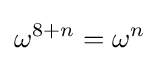
\omega ^{8+n}=\omega ^{n}